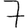
Digit: 7